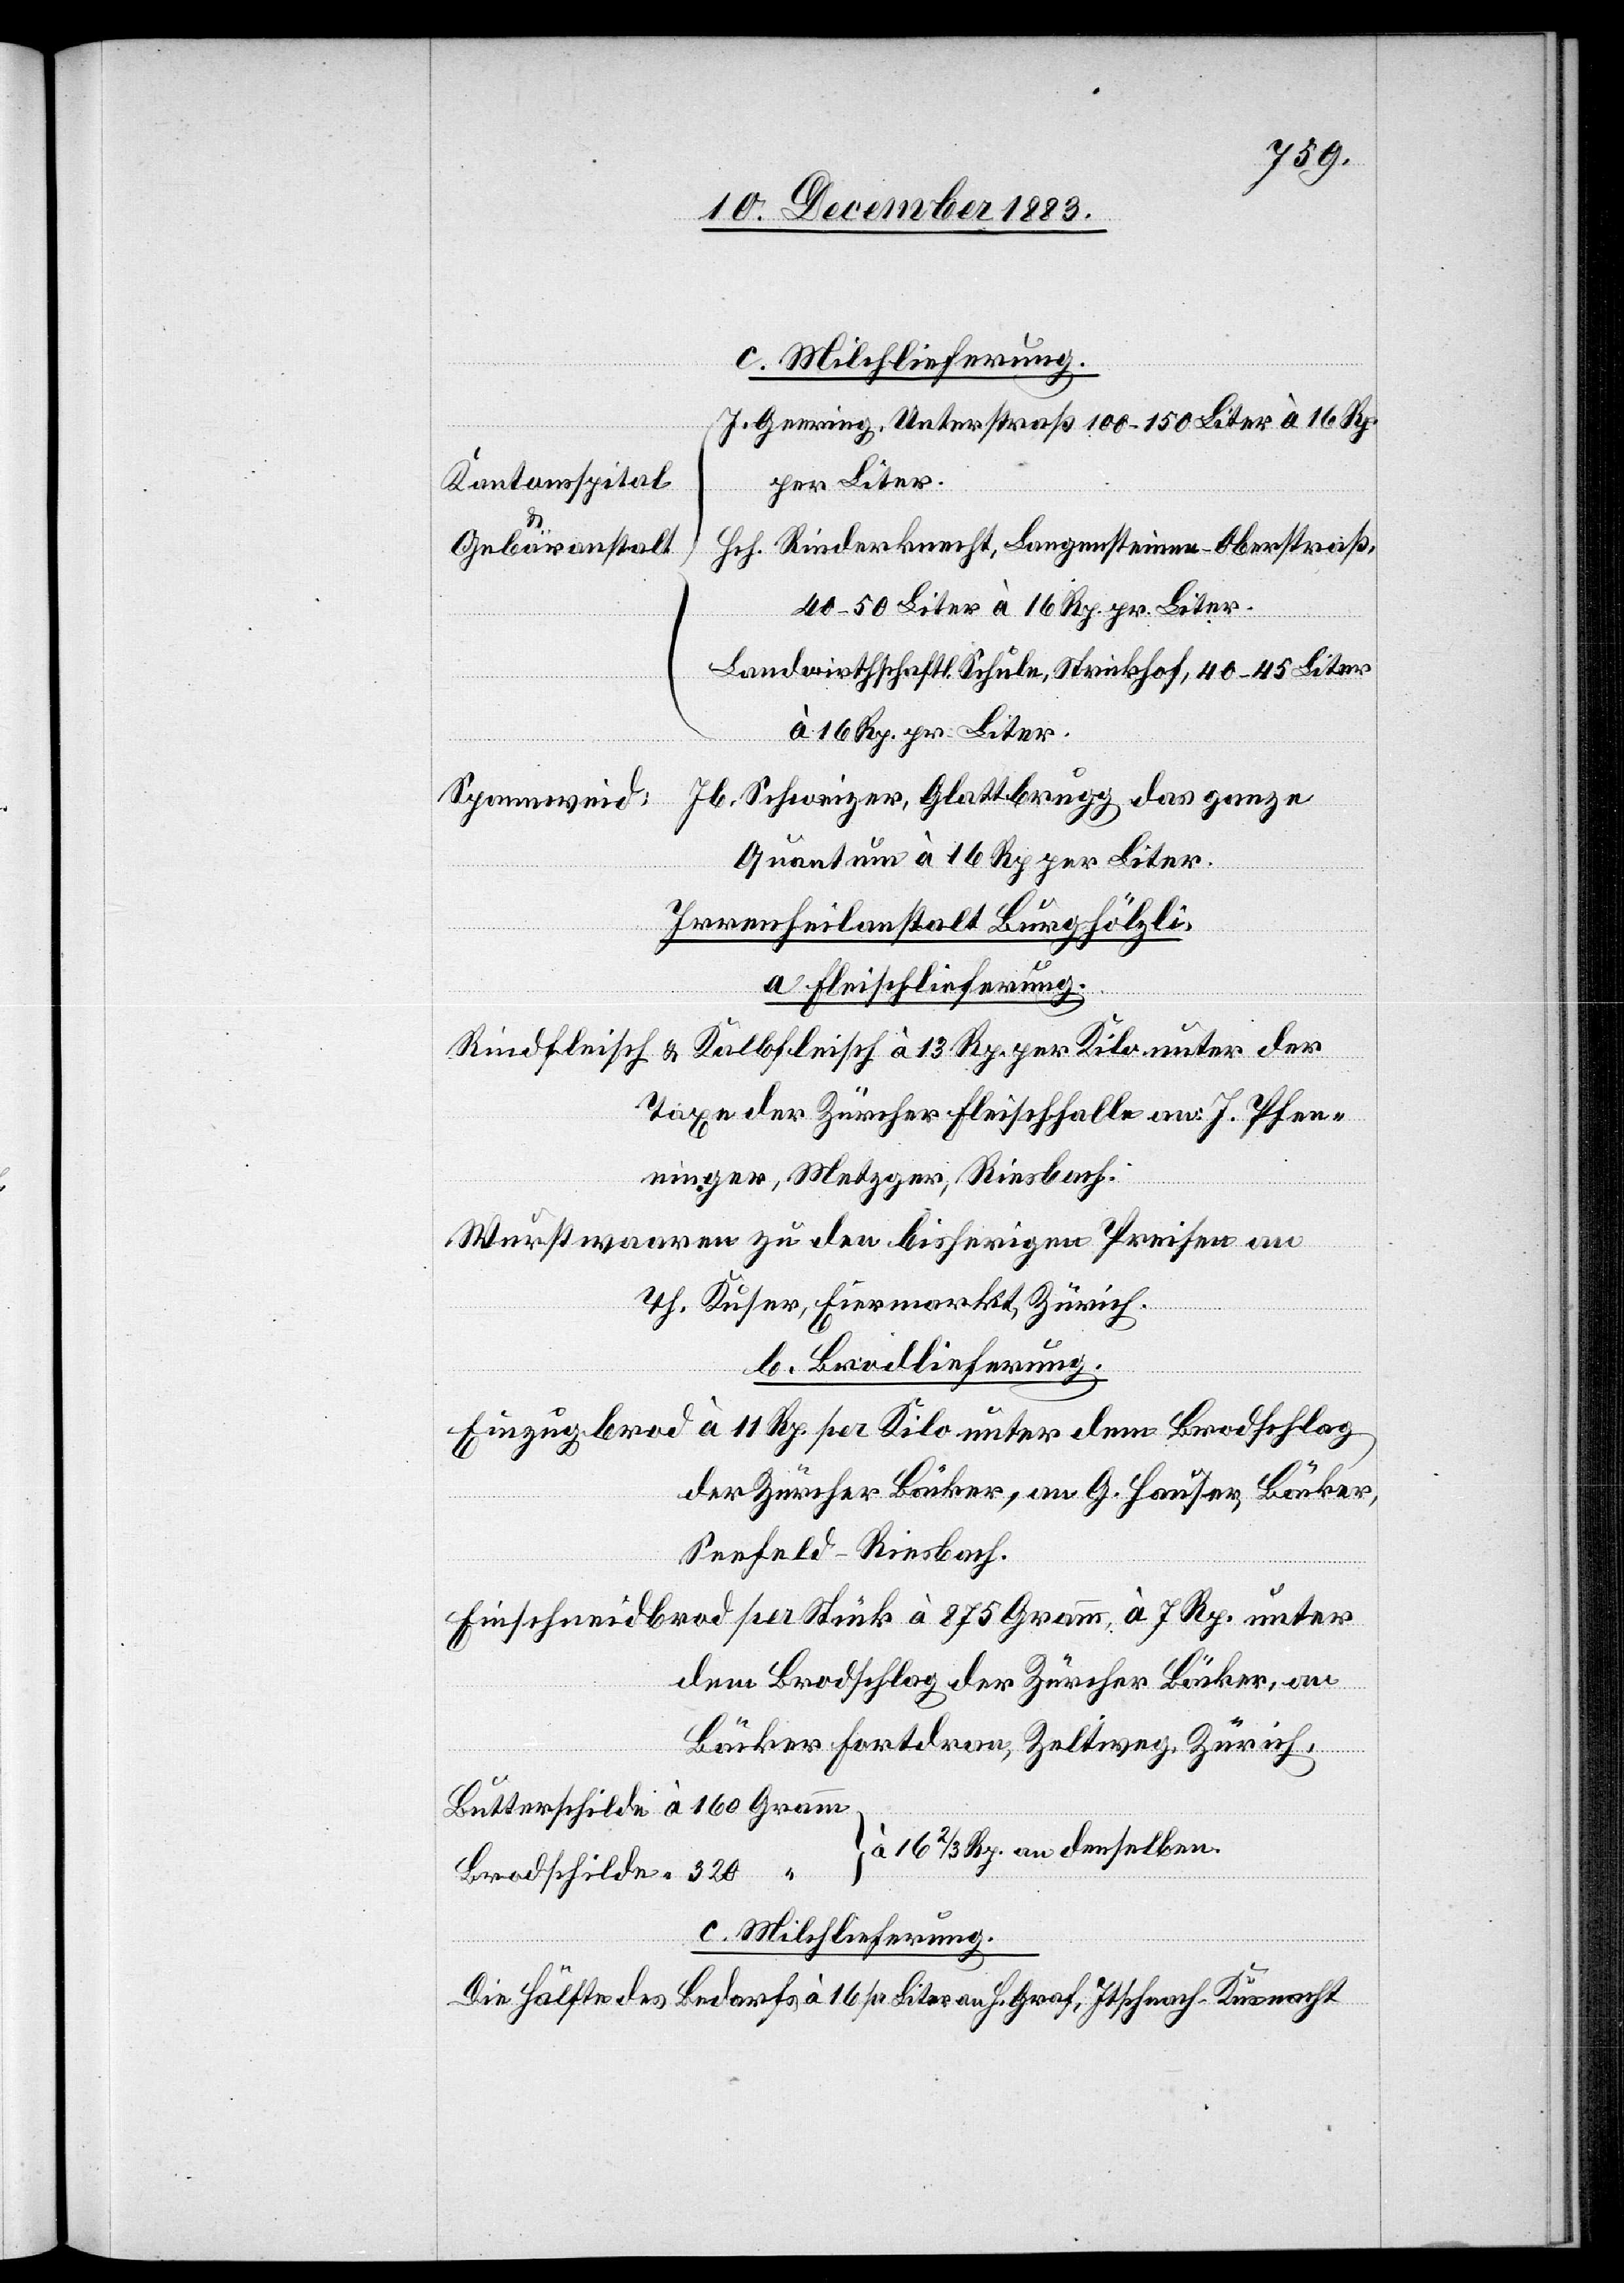
J. Geering, Unterstraß 100–150 Liter à 16 Rp.
Kantonsspital
per Liter.
Hch. Rinderknecht, Langensteinen - Oberstraß,
Gebäranstalt
40–50 Liter à 16 Rp. pr. Liter.
Landwirthschaftl. Schule, Strickhof, 40–45 Liter
à 16 Rp. pr. Liter.
Jb. Schweizer, Glattbrugg das ganze
Spannweid:
Quantum à 16 Rp. per Liter.
Irrenheilanstalt Burghölzli.
a. Fleischlieferung.
der
Rindfleisch & Kalbfleisch à 13 Rp. per Kilo unter
Taxe der Züricher Fleischhalle an J. Pfen¬
ninger, Metzger, Riesbach.
Wurstwaaren zu den bisherigen Preisen an
Th. Kuser, Eiermarkt, Zürich.
b. Brodlieferung.
Einzugbrod à 11 Rp. per Kilo unter dem Brodschlag
der Zürcher Bäcker, an G. Hauser, Bäcker,
Seefeld - Riesbach.
Einschneidbrod per Stück à 875 Gramm, à 7 Rp. unter
dem Brodschlag der Zürcher Bäcker, an
Bäcker Fortdran, Zeltweg, Zürich.
Gramm
à 16 Rp. an denselben
Butterschilde
c. Milchlieferung.
Die Hälfte des Bedarfs à 16 [Rp.] pr. Liter an H. Graf, Ischnach - Küsnacht